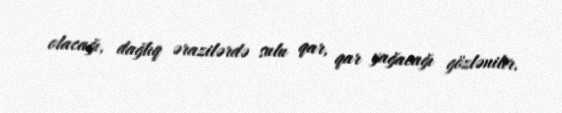
olacağı, dağlıq ərazilərdə sulu qar, qar yağacağı gözlənilir.